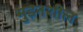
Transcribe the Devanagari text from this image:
मुड़नशील